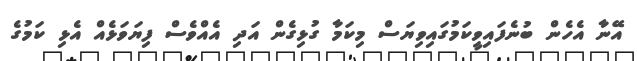
އޭނާ އެހެން ބުނެފައިވީކަމުގައިވިޔަސް މިކަމާ ގުޅިގެން އަދި އެއްވެސް ފިޔަވަޅެއް އެޅި ކަމުގެ